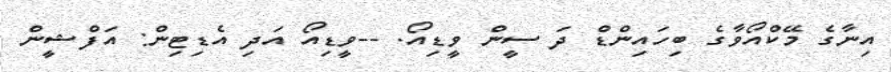
އިނާގެ މޭކްއޯވާގެ ބިހައިންޑް ދަ ސީން ވީޑިއޯ. --ވީޑިއޯ އަދި އެޑިޓިން: އަފްޝީން